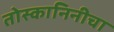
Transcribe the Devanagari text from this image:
तोस्कानिनीचा